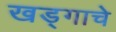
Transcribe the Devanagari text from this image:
खड्गाचे